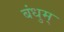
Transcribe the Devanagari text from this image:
बंधुम्